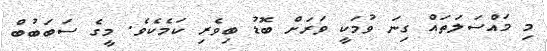
މި މައްސަލަތައް ގިނަ ވުމަކީ ވަރަށް ބޮޑު ބިވެރި ކަމެކެވެ. މީގެ ސަބަބުބް